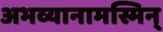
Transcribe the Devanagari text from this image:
अभव्यानामस्मिन्